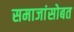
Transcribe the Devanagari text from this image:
समाजांसोबत